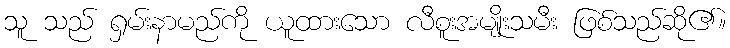
သူ သည် ရှမ်းနာမည်ကို ယူထားသော လီစူးအမျိုးသမီး ဖြစ်သည်ဆို၏။